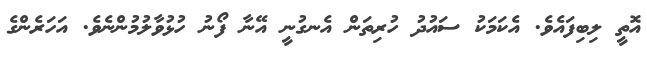
އޮތީ ލިބިފައެވެ. އެކަމަކު ސައުދު ހުރިތަން އެނގުނީ އޭނާ ފޯނު ހުޅުވާލުމުންނެވެ. އަހަރެންގެ